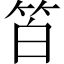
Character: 𥬝